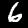
Digit: 6